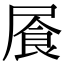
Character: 䬤